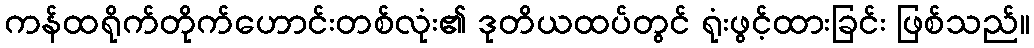
ကန်ထရိုက်တိုက်ဟောင်းတစ်လုံး၏ ဒုတိယထပ်တွင် ရုံးဖွင့်ထားခြင်း ဖြစ်သည်။